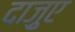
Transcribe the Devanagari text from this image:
दाज़ुए